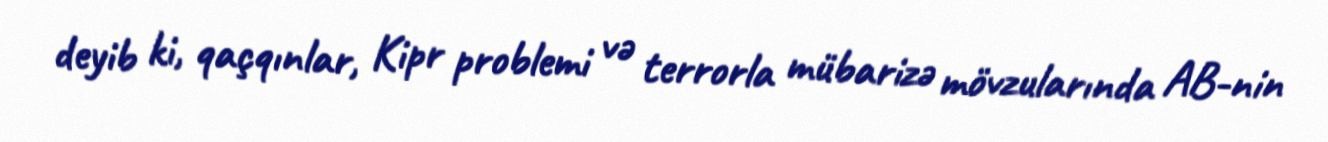
deyib ki, qaçqınlar, Kipr problemi və terrorla mübarizə mövzularında AB-nin